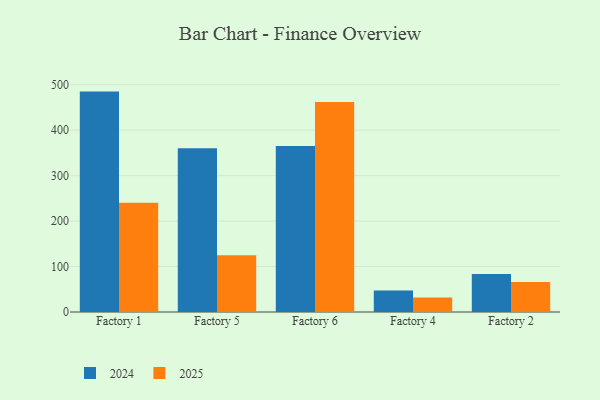
{"axis": {"x": "Factory", "y": "Net Income (USD K)"}, "legend": ["2024", "2025"], "data": [{"x": "Factory 1", "y": 484.8, "type": "2024"}, {"x": "Factory 1", "y": 240.5, "type": "2025"}, {"x": "Factory 5", "y": 360.3, "type": "2024"}, {"x": "Factory 5", "y": 124.8, "type": "2025"}, {"x": "Factory 6", "y": 365.1, "type": "2024"}, {"x": "Factory 6", "y": 462.0, "type": "2025"}, {"x": "Factory 4", "y": 47.3, "type": "2024"}, {"x": "Factory 4", "y": 32.1, "type": "2025"}, {"x": "Factory 2", "y": 83.4, "type": "2024"}, {"x": "Factory 2", "y": 66.2, "type": "2025"}]}